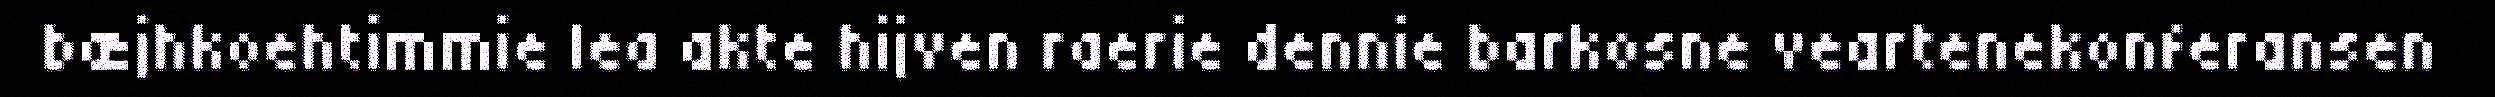
bæjhkoehtimmie lea akte hijven raerie dennie barkosne veartenekonferansen